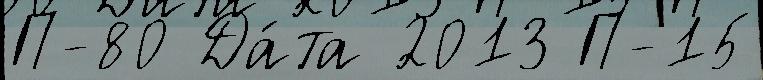
П-80 Да́та 2013 П-15